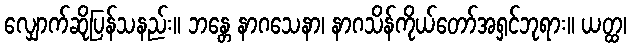
လျှောက်ဆိုပြန်သနည်း။ ဘန္တေ နာဂသေနာ၊ နာဂသိန်ကိုယ်တော်အရှင်ဘုရား။ ယတ္ထ၊